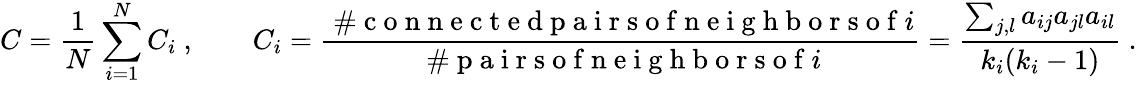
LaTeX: C=\frac{1}{N}\sum_{i=1}^{N}C_{i}\ ,\qquad C_{i}=\frac{\mathrm{~\# ~c~o~n~n~e~c~t~e~d~p~a~i~r~s~o~f~n~e~i~g~h~b~o~r~s~o~f~}i}{\mathrm{~\# ~p~a~i~r~s~o~f~n~e~i~g~h~b~o~r~s~o~f~}i}=\frac{\sum_{j,l}a_{ij}a_{jl}a_{il}}{k_{i}(k_{i}-1)}\ .